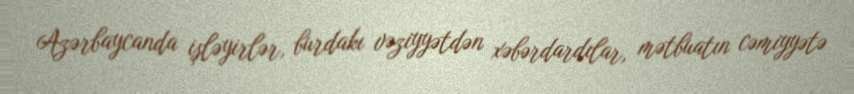
Azərbaycanda işləyirlər, burdakı vəziyyətdən xəbərdardılar, mətbuatın cəmiyyətə